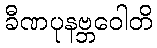
ခီဏပုနဗ္ဘဝေါတိ